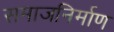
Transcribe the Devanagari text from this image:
समाजनिर्माण